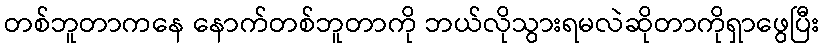
တစ်ဘူတာကနေ နောက်တစ်ဘူတာကို ဘယ်လိုသွားရမလဲဆိုတာကိုရှာဖွေပြီး